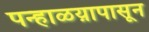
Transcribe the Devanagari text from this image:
पन्हाळय़ापासून